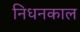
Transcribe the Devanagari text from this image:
निधनकाल